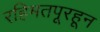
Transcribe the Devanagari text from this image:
रहिमतपूरहून